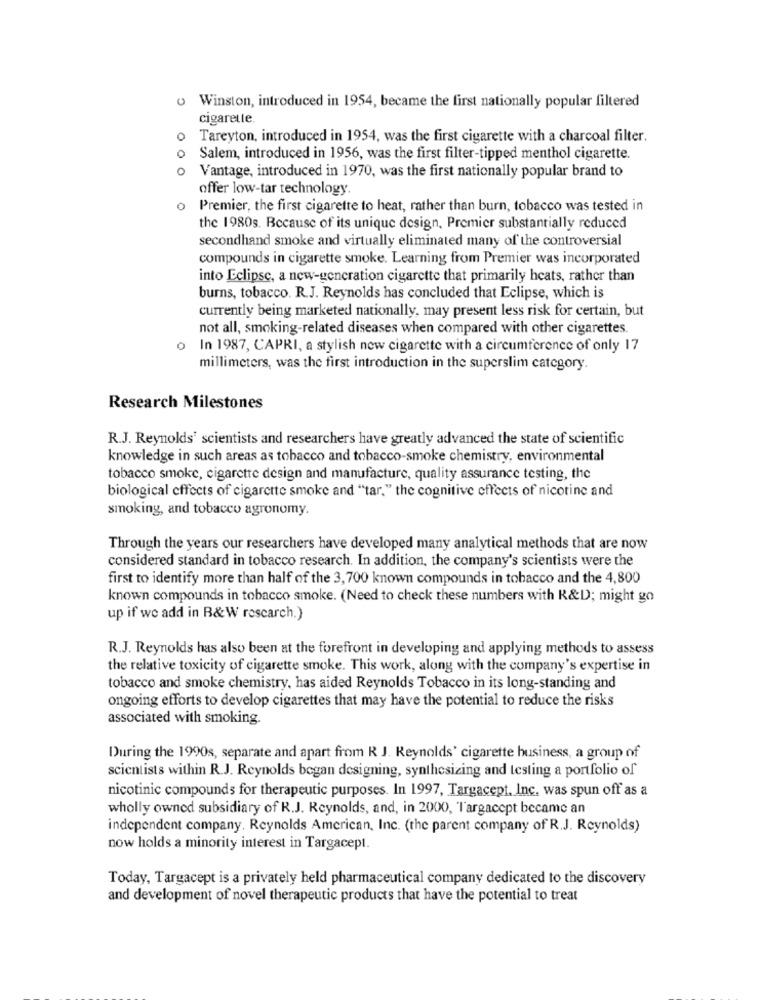
Winston, introduced in 1954, became the first nationally popular filtered
cigarette.
O
Tareyton, introduced in 1954, was the first cigarette with a charcoal filter.
0
Salem, introduced in 1956, was the first filter-tipped menthol cigarette.
O
Vantage, introduced in 1970, was the first nationally popular brand to
offer low-tar technology.
0
Premier, the first cigarette to heat, rather than burn, tobacco was tested in
the 1980s. Because of its unique design, Premier substantially reduced
secondhand smoke and virtually eliminated many of the controversial
compounds in cigarette smoke. Learning from Premier was incorporated
into Eclipse, a new-generation cigarette that primarily heats, rather than
burns, tobacco. R.J. Reynolds has concluded that Eclipse, which is
currently being marketed nationally, may present less risk for certain, but
not all, smoking-related diseases when compared with other cigarettes.
In 1987, CAPRI, a stylish new cigarette with a circumference of only 17
millimeters, was the first introduction in the superslim category.
Research Milestones
R.J. Reynolds' scientists and researchers have greatly advanced the state of scientific
knowledge in such areas as tobacco and tobacco-smoke chemistry, environmental
tobacco smoke, cigarette design and manufacture, quality assurance testing, the
biological effects of cigarette smoke and "tar." the cognitive effects of nicotine and
smoking, and tobacco agronomy.
Through the years our researchers have developed many analytical methods that are now
considered standard in tobacco research. In addition, the company's scientists were the
first to identify more than half of the 3, 700 known compounds in tobacco and the 4,800
known compounds in tobacco smoke. (Need to check these numbers with R&D; might go
up if we add in B&W rescarch.)
R.J. Reynolds has also been at the forefront in developing and applying methods to assess
the relative toxicity of cigarette smoke. This work, along with the company's expertise in
tobacco and smoke chemistry, has aided Reynolds Tobacco in its long-standing and
ongoing efforts to develop cigarettes that may have the potential to reduce the risks
associated with smoking.
During the 1990s, separate and apart from R J. Reynolds' cigarette business, a group of
scientists within R.J. Reynolds began designing, synthesizing and testing a portfolio of
nicotinic compounds for therapeutic purposes. In 1997, Targacept, Inc. was spun off as a
wholly owned subsidiary of R.J. Reynolds, and, in 2000, Targacept became an
independent company. Reynolds American, Inc. (the parent company of R.J. Reynolds)
now holds a minority interest in Targacept.
Today, Targacept is a privately held pharmaceutical company dedicated to the discovery
and development of novel therapeutic products that have the potential to treat